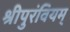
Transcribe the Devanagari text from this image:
श्रीपुरंवियम्